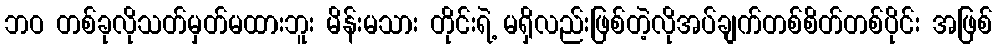
ဘဝ တစ်ခုလိုသတ်မှတ်မထားဘူး မိန်းမသား တိုင်းရဲ့ မရှိလည်းဖြစ်တဲ့လိုအပ်ချက်တစ်စိတ်တစ်ပိုင်း အဖြစ်